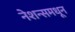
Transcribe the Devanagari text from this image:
नेशन्समधून